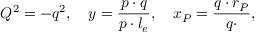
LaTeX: \nonumber \, Q ^ { 2 } = - q ^ { 2 } , \quad y = \frac { p \cdot q } { p \cdot l _ { e } } , \quad x _ { P } = \frac { q \cdot r _ { P } } { q \cdotp } ,